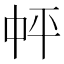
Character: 𪜉